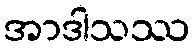
အာဒါသဿ